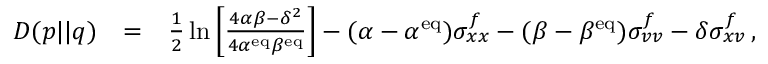
\begin{array} { r l r } { D ( p | | q ) } & { = } & { \frac { 1 } { 2 } \ln \left[ \frac { 4 \alpha \beta - \delta ^ { 2 } } { 4 \alpha ^ { \mathrm { e q } } \beta ^ { \mathrm { e q } } } \right] - ( \alpha - \alpha ^ { \mathrm { e q } } ) \sigma _ { x x } ^ { f } - ( \beta - \beta ^ { \mathrm { e q } } ) \sigma _ { v v } ^ { f } - \delta \sigma _ { x v } ^ { f } \, , } \end{array}